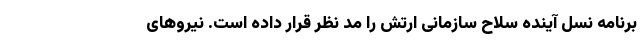
برنامه نسل آینده سلاح سازمانی ارتش را مد نظر قرار داده است. نیروهای